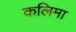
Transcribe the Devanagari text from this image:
कलिमा